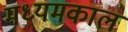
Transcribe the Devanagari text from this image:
मध्यमकाल